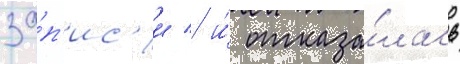
за́п'ис'и / и́ отказа́лась